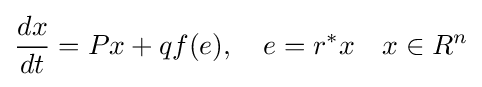
{\frac {dx}{dt}}=Px+qf(e),\quad e=r^{*}x\quad x\in R^{n}